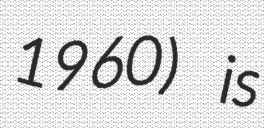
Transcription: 1960) is